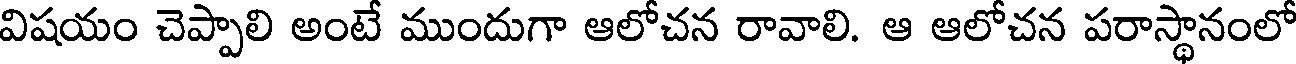
విషయం చెప్పాలి అంటే ముందుగా ఆలోచన రావాలి. ఆ ఆలోచన పరాస్థానంలో